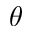
\theta